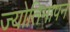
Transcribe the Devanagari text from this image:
ज्योतिमापन